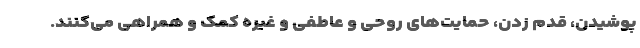
پوشیدن، قدم زدن، حمایت‌های روحی و عاطفی و غیره کمک و همراهی می‌کنند.